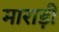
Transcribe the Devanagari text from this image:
माराड़ी